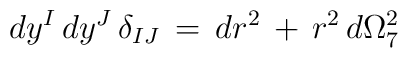
\, dy^I \,dy^J \, \delta_{IJ} \, = \, dr^2 \, + \, r^2 \, d\Omega_{7}^2